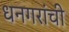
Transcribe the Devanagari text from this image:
धनगरांची